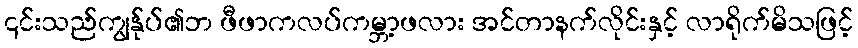
၎င်းသည်ကျွန်ုပ်၏ဘ ဖီဖာကလပ်ကမ္ဘာ့ဖလား အင်တာနက်လိုင်းနှင့် လာရိုက်မိသဖြင့်